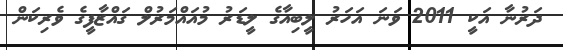
ދަރުނާ އަކީ 2011 ވަަނަ އަހަރު ލީބިއާގެ ލީޑަރު މުއައްމަރުލް ގައްޒާފީގެ ވެރިކަން